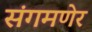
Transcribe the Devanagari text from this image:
संगमणेर